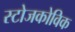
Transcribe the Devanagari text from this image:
स्टोजकोविक